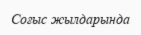
Соғыс жылдарында